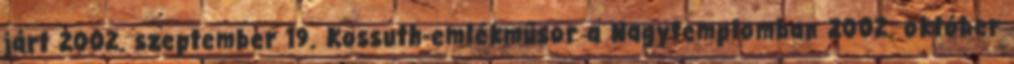
járt 2002. szeptember 19. Kossuth-emlékműsor a Nagytemplomban 2002. október